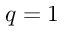
q = 1